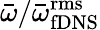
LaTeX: \bar{\omega}/\bar{\omega}_{\mathrm{fDNS}}^{\mathrm{rms}}